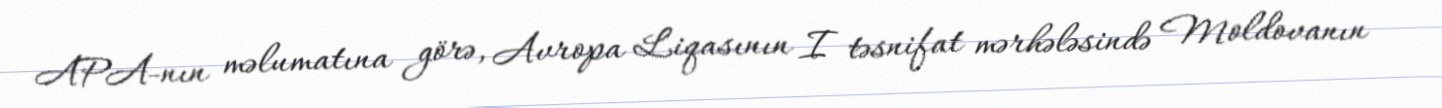
APA-nın məlumatına görə, Avropa Liqasının I təsnifat mərhələsində Moldovanın